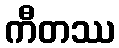
ကီတဿ